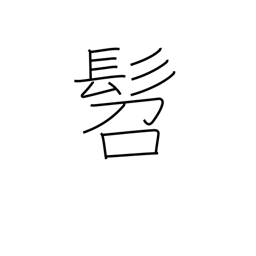
Meaning: small child